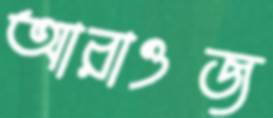
আরাওজ